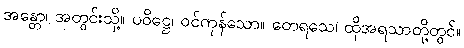
အန္တော၊ အတွင်းသို့။ ပဝိဋ္ဌေ၊ ဝင်ကုန်သော။ တေရသေ၊ ထိုအရသာတို့တွင်။